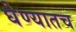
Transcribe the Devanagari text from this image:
घेण्यातच